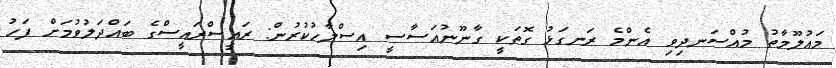
މައުލޫމާތު މުއްސަނދިވި އެންމެ ރަނގަޅު ގޮތަކީ ގާނޫނުއަސާސީ އިސްލާހުކުރުން: ރައީސްރައީސްގެ ބައްދަލުވުމަށް ފަހު